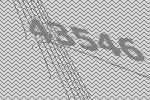
43546